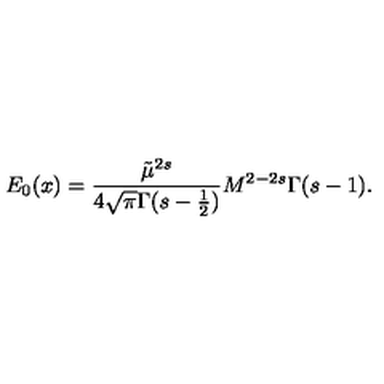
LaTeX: E _ { 0 } ( x ) = \frac { \tilde { \mu } ^ { 2 s } } { 4 \sqrt { \pi } \Gamma ( s - \frac 1 2 ) } M ^ { 2 - 2 s } \Gamma ( s - 1 ) .